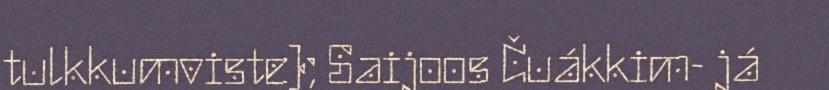
tulkkumviste); Saijoos Čuákkim- já